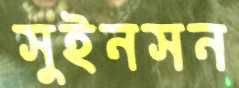
সুইনসন